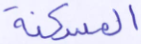
المسكنة